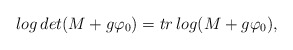
\begin{align*}log\,det(M+g\varphi_{0})=tr\,log(M+g\varphi_{0}),\end{align*}